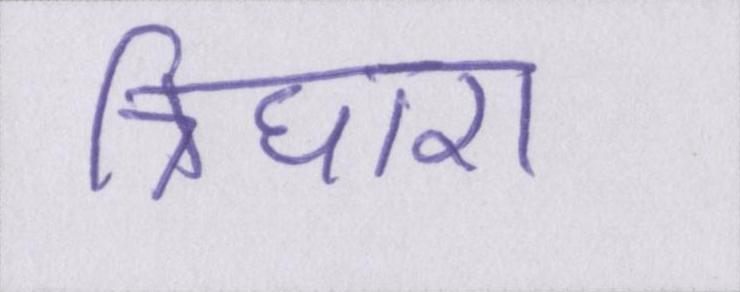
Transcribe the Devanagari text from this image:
त्रिधारा